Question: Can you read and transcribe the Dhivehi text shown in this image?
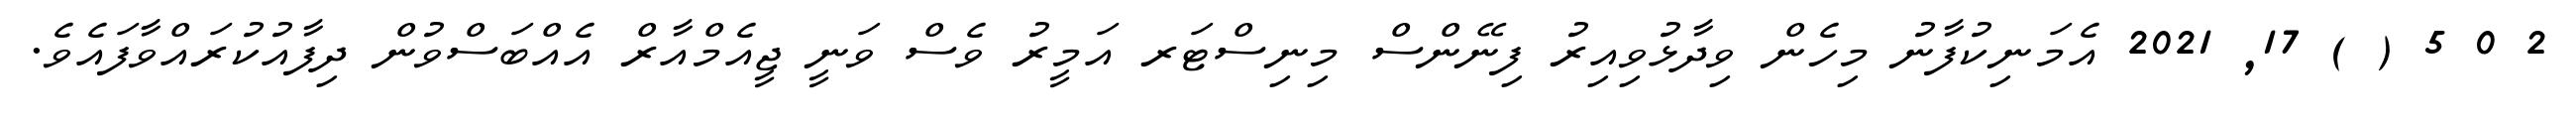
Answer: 2 0 5 ( ) 17, 2021 އެމަނިކުފާނު މިހެން ވިދާޅުވިއިރު ފިނޭންސް މިނިސްޓަރ އަމީރު ވެސް ވަނީ ޖީއެމްއާރް އެއްބަސްވުން ދިފާއުކުރައްވާފައެވެ.